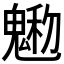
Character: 𩳩